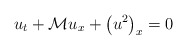
\begin{align*}u_t+\mathcal{M}u_x+\left(u^2\right)_x=0\end{align*}